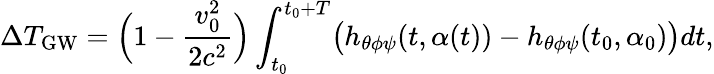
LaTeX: \Delta T_{\mathrm{GW}}=\Bigl(1-\frac{v_{0}^{2}}{2c^{2}}\Bigr)\int_{t_{0}}^{t_{0}+T}\bigl(h_{\theta\phi\psi}(t,\alpha(t))-h_{\theta\phi\psi}(t_{0},\alpha_{0})\bigr)dt,